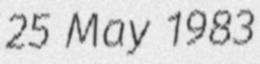
25 May 1983